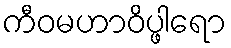
ကီဝမဟာဝိပ္ဖါရော